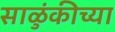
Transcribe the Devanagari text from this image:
साळुंकीच्या